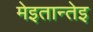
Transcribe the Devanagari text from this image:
मेइतान्तेइ